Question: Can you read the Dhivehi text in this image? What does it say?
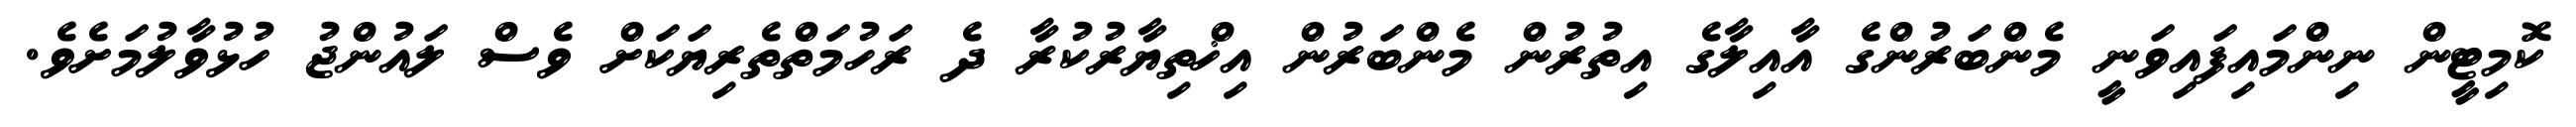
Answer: ކޮމިޓީން ނިންމައިފައިވަނީ މެންބަރުންގެ އާއިލާގެ އިތުރުން މެންބަރުން އިޚްތިޔާރުކުރާ ދެ ރަހުމަތްތެރިޔަކަށް ވެސް ލައުންޖު ހުޅުވާލުމަށެވެ.